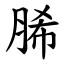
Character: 脪